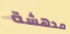
مدهشة